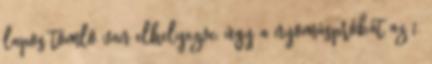
lapos tömlõ van elhelyezve, úgy a nyomáspróbát az 1.